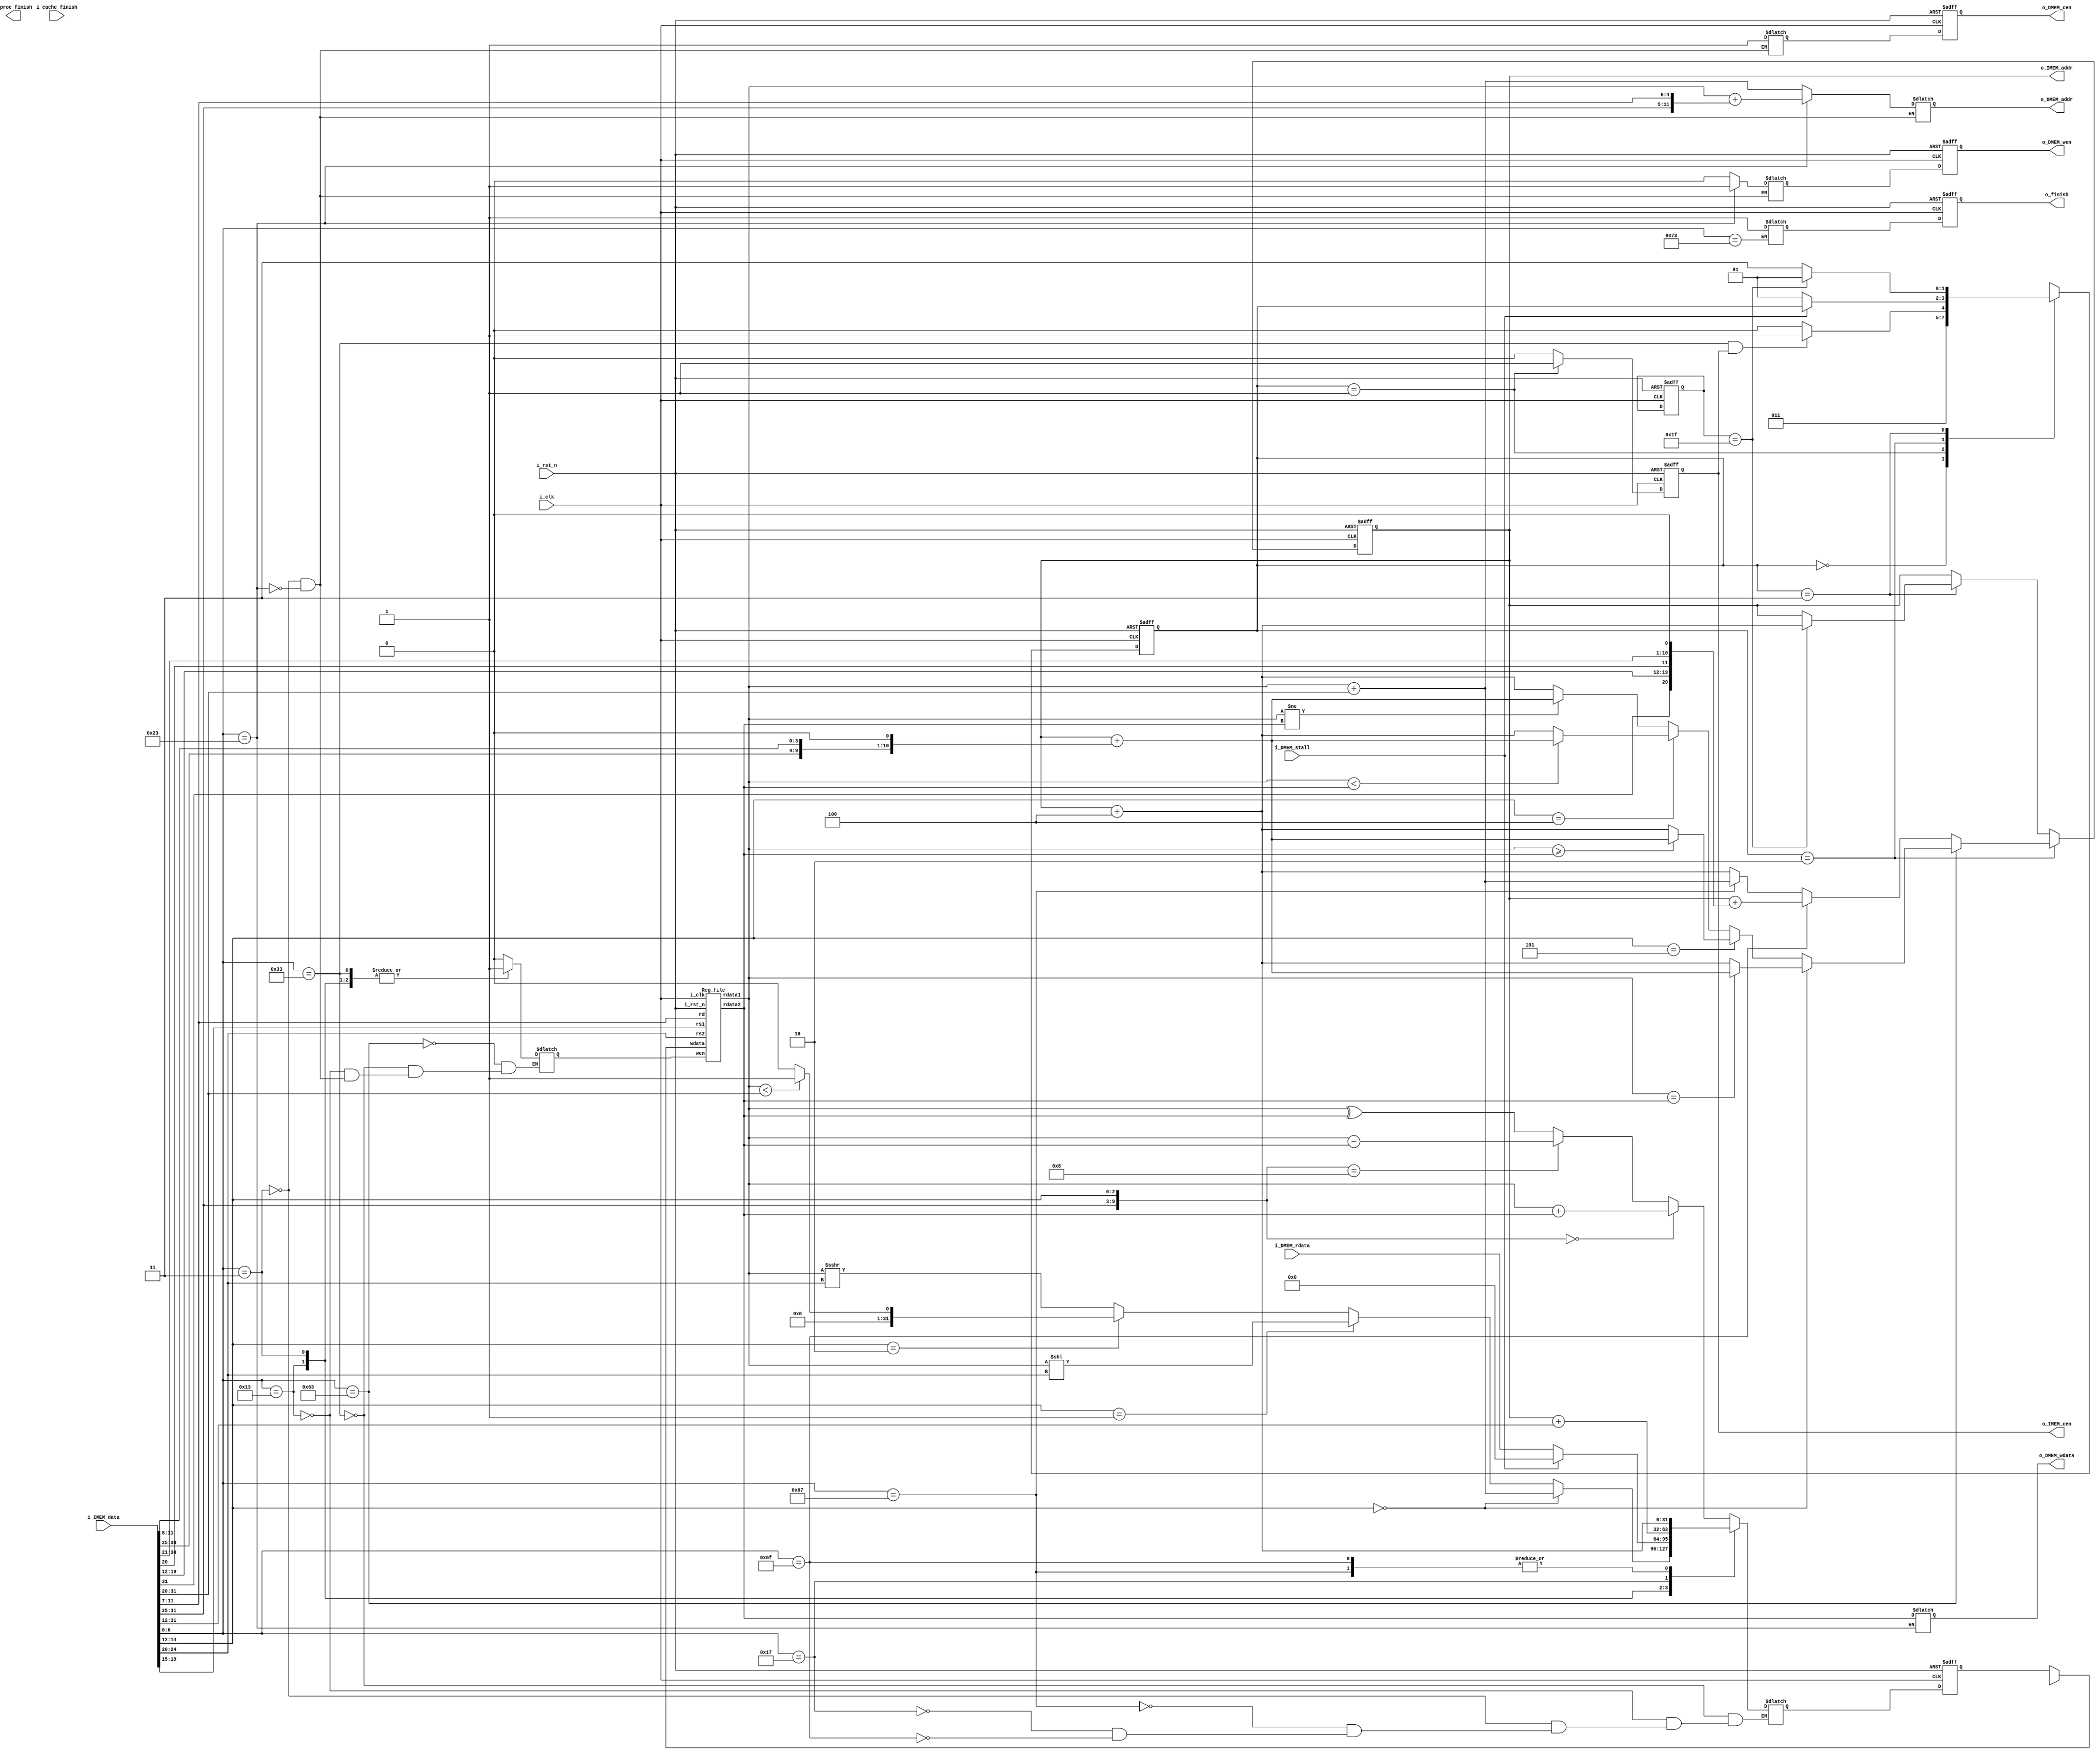
//----------------------------- DO NOT MODIFY THE I/O INTERFACE!! ------------------------------//
module CHIP #(                                                                                  //
    parameter BIT_W = 32                                                                        //
)(                                                                                              //
    // clock                                                                                    //
        input               i_clk,                                                              //
        input               i_rst_n,                                                            //
    // instruction memory                                                                       //
        input  [BIT_W-1:0]  i_IMEM_data,                                                        //
        output [BIT_W-1:0]  o_IMEM_addr,                                                        //
        output              o_IMEM_cen,                                                         //
    // data memory                                                                              //
        input               i_DMEM_stall,                                                       //
        input  [BIT_W-1:0]  i_DMEM_rdata,                                                       //
        output              o_DMEM_cen,                                                         //
        output              o_DMEM_wen,                                                         //
        output [BIT_W-1:0]  o_DMEM_addr,                                                        //
        output [BIT_W-1:0]  o_DMEM_wdata,                                                       //
    // finnish procedure                                                                        //
        output              o_finish,                                                           //
    // cache                                                                                    //
        input               i_cache_finish,                                                     //
        output              o_proc_finish                                                       //
);                                                                                              //
//----------------------------- DO NOT MODIFY THE I/O INTERFACE!! ------------------------------//

// ------------------------------------------------------------------------------------------------------------------------------------------------------
// Parameters
// ------------------------------------------------------------------------------------------------------------------------------------------------------

    // TODO: any declaration
    parameter auipc_op = 7'b0010111;
    parameter jal_op = 7'b1101111;
    parameter jalr_op = 7'b1100111;
    parameter R_op = 7'b0110011;
    parameter I_op = 7'b0010011;
    parameter LW_op = 7'b0000011;
    parameter SW_op = 7'b0100011;
    parameter MUL_op = 7'b0110011;
    parameter B_op = 7'b1100011;
    parameter ecall_op = 7'b1110011;

    // FSM States
    parameter IDLE = 2'd0, IF = 2'd1, SINGLE = 2'd2, MULTI = 2'd3;

    

// ------------------------------------------------------------------------------------------------------------------------------------------------------
// Wires and Registers
// ------------------------------------------------------------------------------------------------------------------------------------------------------
    
    // TODO: any declaration
    reg [BIT_W-1:0] PC, next_PC;
    wire mem_cen, mem_wen;
    wire [BIT_W-1:0] mem_addr, mem_wdata, mem_rdata;
    wire mem_stall;

    // Control
    reg Branch, MemRead, MemtoReg, MemWrite, ALUSrc, RegWrite;
    // reg Branch_reg, MemRead_reg, MemtoReg_reg, MemWrite_reg, ALUSrc_reg, RegWrite_reg;
    // reg [1:0] ALUOp;
    // reg [1:0] ALUOp_reg;
    // assign Branch = Branch_reg, MemRead = MemRead_reg, MemtoReg = MemtoReg_reg, ALUOp = ALUOp_reg, MemWrite = MemWrite_reg, ALUSrc = ALUSrc_reg, RegWrite = RegWrite_reg;

    // Register_file
    wire [31:0] ReadData1;
    wire [31:0] ReadData2;
    reg [31:0] ALUresult_nxt, ALUresult;
    reg [63:0] MULresult_nxt, MULresult;
    reg  [31:0] writeData;
    // reg [31:0] ALUresult_nxt_reg;
    // assign ALUresult_nxt = ALUresult_nxt_reg;
    wire zero, wen;

    //state
    reg [1:0] state, state_nxt;
    reg [4:0] counter, counter_nxt;

    // ALU contrl
    reg [6:0] func7;
    reg [2:0] func3;
    reg [3:0] det;
    reg [3:0] ALUcontrol;

    // Data Memory 
    reg[31:0] memData;


    // Instuction Fetch
    reg I_cen_nxt;
    reg I_cen;
    assign o_IMEM_cen = I_cen;
    // Data Fetch
    reg D_cen, D_wen;
    assign o_DMEM_cen = D_cen;
    assign o_DMEM_wen = D_wen;
    reg D_cen_nxt, D_wen_nxt;
    // Data Memory
    reg [31:0] Data_address, writeInData;
    assign o_DMEM_wdata = writeInData;
    assign o_DMEM_addr = Data_address;



    // Finish signal
    reg o_finish_reg;
    reg o_finish_nxt;
    assign o_finish = o_finish_reg;
    
// ------------------------------------------------------------------------------------------------------------------------------------------------------
// Continuous Assignment
// ------------------------------------------------------------------------------------------------------------------------------------------------------

    // TODO: any wire assignment
    assign o_IMEM_addr = PC;

// ------------------------------------------------------------------------------------------------------------------------------------------------------
// Submoddules
// ------------------------------------------------------------------------------------------------------------------------------------------------------

    // TODO: Reg_file wire connection
    Reg_file reg0(               
        .i_clk  (i_clk),             
        .i_rst_n(i_rst_n),         
        .wen    (RegWrite),          
        .rs1    (i_IMEM_data[19:15]),                
        .rs2    (i_IMEM_data[24:20]),                
        .rd     (i_IMEM_data[11:7]),                 
        .wdata  (writeData),             
        .rdata1 (ReadData1),           
        .rdata2 (ReadData2)
    );


// ------------------------------------------------------------------------------------------------------------------------------------------------------
// Always Blocks
// ------------------------------------------------------------------------------------------------------------------------------------------------------
    
    // Todo: any combinational/sequential circuit

    always @(posedge i_clk or negedge i_rst_n) begin
        if (!i_rst_n) begin
            PC <= 32'h00010000; // Do not modify this value!!!
            I_cen <= 0;
            state <= IDLE;
            counter <= 5'd0;
            D_cen <= 0;
            D_wen <= 0;
            ALUresult <= 32'd0;
            MULresult <= 64'd0;
            o_finish_reg <= 0;
        end
        else begin
            PC <= next_PC;
            I_cen <= I_cen_nxt;
            D_cen <= D_cen_nxt;
            D_wen <= D_wen_nxt;
            ALUresult <= ALUresult_nxt;
            MULresult <= MULresult_nxt;
            o_finish_reg <= o_finish_nxt;
            state <= state_nxt;
        end
    end

    // FSM
    always@(*) begin
        case(state)
            IDLE : state_nxt = IF;
            IF: state_nxt = (i_IMEM_data[6:0] == 7'b0110011 && I_cen == 1)? MULTI : SINGLE;
            SINGLE: begin
                if(i_DMEM_stall == 1) begin
                    state_nxt = state;
                end
                else begin
                    state_nxt = IF;
                end
            end
            MULTI: state_nxt = (counter == 31)? IF : MULTI;
            default: state_nxt = state;
        endcase
    end

    always @(*)
    begin
        if (state == IDLE) counter_nxt = 7'd0;
        else if (state == MULTI) counter_nxt = counter + 1;
        else counter_nxt = counter;
    end


    // Instuction fetch
    always@(*) begin
        if (state == IF) begin
            I_cen_nxt = 1;
        end
        else I_cen_nxt = 0;
    end

    

    // PC
    always@(*) begin
        func3 = i_IMEM_data[14:12];
        func7 = i_IMEM_data[31:25];
        if (state == SINGLE) begin
            if(i_IMEM_data[6:0] == B_op) begin
                
                if(func3 == 3'b000) begin
                    if(ReadData1 == ReadData2) next_PC = PC + {i_IMEM_data[31], i_IMEM_data[7], i_IMEM_data[30:25], i_IMEM_data[11:8],1'b0};
                    else next_PC = PC + 4;
                end
                else if(func3 == 3'b101) begin
                    if(ReadData1 >= ReadData2) next_PC = PC + {i_IMEM_data[31], i_IMEM_data[7], i_IMEM_data[30:25], i_IMEM_data[11:8],1'b0};
                    else next_PC = PC + 4;
                end
                else if(func3 == 3'b100) begin
                    if(ReadData1 < ReadData2) next_PC = PC + {i_IMEM_data[31], i_IMEM_data[7], i_IMEM_data[30:25], i_IMEM_data[11:8],1'b0};
                    else next_PC = PC + 4;
                end
                else begin
                    if(ReadData1 != ReadData2) next_PC = PC + {i_IMEM_data[31], i_IMEM_data[7], i_IMEM_data[30:25], i_IMEM_data[11:8],1'b0};
                    else next_PC = PC + 4;
                end     
            end
            else if(i_IMEM_data[6:0] == 7'b1101111) begin
                next_PC = PC + {i_IMEM_data[31], i_IMEM_data[19:12], i_IMEM_data[20], i_IMEM_data[30:21], 1'b0};
            end
            else if(i_IMEM_data[6:0] == 7'b1100111) begin
                next_PC = ReadData1 + i_IMEM_data[31:20];
            end
            else begin
                next_PC = PC + 4;
            end
        end
        else if (state == MULTI) begin
            if (counter == 31) next_PC = PC + 4;
            else next_PC = PC;
        end
        else next_PC = PC;

    end

    

    // Control Signals control
    always@(*) begin
        case(i_IMEM_data[6:0])
            B_op : RegWrite = 0;
            R_op: begin // ADD, SUB, AND, XOR
                RegWrite = 1;
                if({func7, func3} == 4'b0000) begin// ADD
                    ALUresult_nxt = $signed(ReadData1) + $signed(ReadData2);
                end
                else if({func7, func3} == 4'b1000)begin// SUB
                    ALUresult_nxt = $signed(ReadData1) - $signed(ReadData2);
                end
                else if({func7, func3} == 4'b1000) begin// AND
                    ALUresult_nxt = ReadData1 & ReadData2;
                end
                else begin// XOR
                    ALUresult_nxt = ReadData1 ^ ReadData2;
                end
            end
            
            I_op: begin // ADDI, SLLI, SLTI, SRAI
                RegWrite = 1;
                if (func3 == 3'b000) ALUresult_nxt = ReadData1 + i_IMEM_data[31:20];
                else if (func3 == 3'b001) ALUresult_nxt = ReadData1 << i_IMEM_data[24:20];
                else if (func3 == 3'b010) ALUresult_nxt = (ReadData1 < i_IMEM_data[31:20])? 32'd1:32'd0;
                else ALUresult_nxt = ReadData1 >>> i_IMEM_data[24:20];
            end
            LW_op: begin
                RegWrite = 1;
                Data_address = ReadData1 + i_IMEM_data[31:20];
                D_cen_nxt = 1;
                D_wen_nxt = 0;
                if(i_DMEM_stall == 0) ALUresult_nxt = i_DMEM_rdata;
                else ALUresult_nxt = 0;
            end
            SW_op: begin
                RegWrite = 0;
                D_cen_nxt = 1;
                D_wen_nxt = 1;
                writeInData = ReadData2;
                Data_address = ReadData1 + {i_IMEM_data[31:25],i_IMEM_data[11:7]};
            end
            jalr_op: begin
                ALUresult_nxt = PC + 4;
            end
            auipc_op: begin
                ALUresult_nxt = PC + i_IMEM_data[31:12];
            end
            jal_op: begin
                ALUresult_nxt = PC + 4;
            end
            MUL_op: begin
                if (counter == 0)
                begin
                    MULresult_nxt[30:0] = ReadData1[31:1];
                    if (ReadData1[0] == 1) 
                    begin
                        MULresult_nxt[62:31] = ReadData2;
                        MULresult_nxt[63] = 1'd0;
                    end
                    else MULresult_nxt[63:31] = 33'd0;
                end
                else
                begin
                    MULresult_nxt[62:0] = MULresult[63:1];
                    if (MULresult[0] == 1) MULresult_nxt[63:31] = MULresult[63:32] + ReadData2;
                    else 
                    begin
                        MULresult_nxt[63] = 1'd0;
                        ALUresult = MULresult_nxt[31:0];
                    end
                end
            end
            ecall_op: begin
                o_finish_nxt = 1;
            end
            default: begin
                
            end
        endcase
    end
    
    // ALU
    

    // MUX @ write data
    always@(*) begin
        if (MemtoReg == 0) writeData = ALUresult;
        else writeData = memData;
    end

    always@(posedge i_clk or negedge i_rst_n) begin
        
    end

endmodule

    

/////////////////////////////////////////////////////////////////////////////////////////////////////////////////

// module ALU(i_clk, i_rst_n, instruction, data1, data2, result, zero);
//     input i_clk, i_rst_n;
//     input [31:0] instruction;
//     input [31:0] data1, data2;
//     output [31:0] result;
//     reg [31:0] result_reg;
//     assign result = result_reg;
//     output zero;


//     // FSM state
//     parameter IDLE = 2'd0, SINGLE = 2'd1, MULTI = 2'd2;
    

//     // always@(*) begin
//     //     case(instruction)
            
//     //     endcase
//     // end
// endmodule
module Reg_file(i_clk, i_rst_n, wen, rs1, rs2, rd, wdata, rdata1, rdata2);
   
    parameter BITS = 32;
    parameter word_depth = 32;
    parameter addr_width = 5; // 2^addr_width >= word_depth
    
    input i_clk, i_rst_n, wen; // wen: 0:read | 1:write
    input [BITS-1:0] wdata;
    input [addr_width-1:0] rs1, rs2, rd;

    output [BITS-1:0] rdata1, rdata2;

    reg [BITS-1:0] mem [0:word_depth-1];
    reg [BITS-1:0] mem_nxt [0:word_depth-1];

    integer i;

    assign rdata1 = mem[rs1];
    assign rdata2 = mem[rs2];

    always @(*) begin
        for (i=0; i<word_depth; i=i+1)
            mem_nxt[i] = (wen && (rd == i)) ? wdata : mem[i];
    end

    always @(posedge i_clk or negedge i_rst_n) begin
        if (!i_rst_n) begin
            mem[0] <= 0;
            for (i=1; i<word_depth; i=i+1) begin
                case(i)
                    32'd2: mem[i] <= 32'hbffffff0;
                    32'd3: mem[i] <= 32'h10008000;
                    default: mem[i] <= 32'h0;
                endcase
            end
        end
        else begin
            mem[0] <= 0;
            for (i=1; i<word_depth; i=i+1)
                mem[i] <= mem_nxt[i];
        end       
    end
endmodule

module MULDIV_unit(
    // TODO: port declaration
    );
    // Todo: HW2
endmodule

module Cache#(
        parameter BIT_W = 32,
        parameter ADDR_W = 32
    )(
        input i_clk,
        input i_rst_n,
        // processor interface
            input i_proc_cen,
            input i_proc_wen,
            input [ADDR_W-1:0] i_proc_addr,
            input [BIT_W-1:0]  i_proc_wdata,
            output [BIT_W-1:0] o_proc_rdata,
            output o_proc_stall,
            input i_proc_finish,
            output o_cache_finish,
        // memory interface
            output o_mem_cen,
            output o_mem_wen,
            output [ADDR_W-1:0] o_mem_addr,
            output [BIT_W*4-1:0]  o_mem_wdata,
            input [BIT_W*4-1:0] i_mem_rdata,
            input i_mem_stall,
            output o_cache_available,
        // others
        input  [ADDR_W-1: 0] i_offset
    );

    assign o_cache_available = 0; // change this value to 1 if the cache is implemented

    //------------------------------------------//
    //          default connection              //
    assign o_mem_cen = i_proc_cen;              //
    assign o_mem_wen = i_proc_wen;              //
    assign o_mem_addr = i_proc_addr;            //
    assign o_mem_wdata = i_proc_wdata;          //
    assign o_proc_rdata = i_mem_rdata[0+:BIT_W];//
    assign o_proc_stall = i_mem_stall;          //
    //------------------------------------------//

    // Todo: BONUS

endmodule